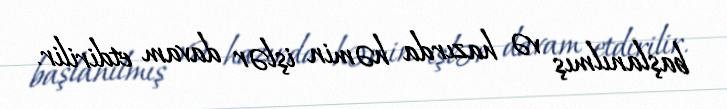
başlanılmış və hazırda həmin işlər davam etdirilir.